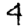
Digit: 4